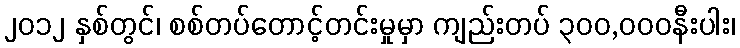
၂၀၁၂ နှစ်တွင်၊ စစ်တပ်တောင့်တင်းမှုမှာ ကျည်းတပ် ၃၀၀,၀၀၀နီးပါး၊